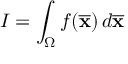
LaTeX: f \colon D ^ { n } \to D ^ { n }